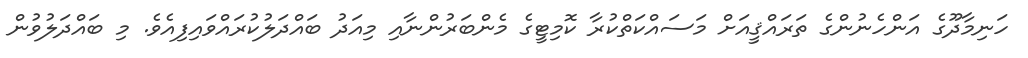
ހަނިމާދޫގެ އަންހެނުންގެ ތަރައްޤީއަށް މަސައްކަތްކުރާ ކޮމިޓީގެ މެންބަރުންނާއި މިއަދު ބައްދަލުކުރައްވައިފިއެވެ. މި ބައްދަލުވުން